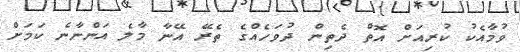
ވުމާއެކު ކުރިއަށް އޮތް ދެތިން ދުވަހެއްގެ ތެރޭ އޭނާ މާލެ އަންނާނެ ކަމަށް